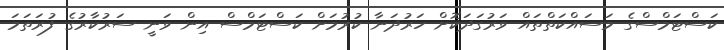
ކަސްޓަމްސްގެ މަސައްކަތްތައް ވަރުގަދަކޮށް ހަރުދަނާ ކުރުމަށް ކަސްޓަމްސް އިން ވަނީ ސަރުކާރުގެ ފުރަތަމަ